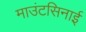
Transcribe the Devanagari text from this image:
माउंटसिनाई